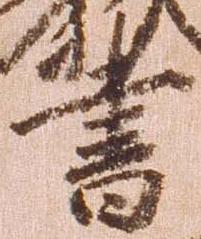
書